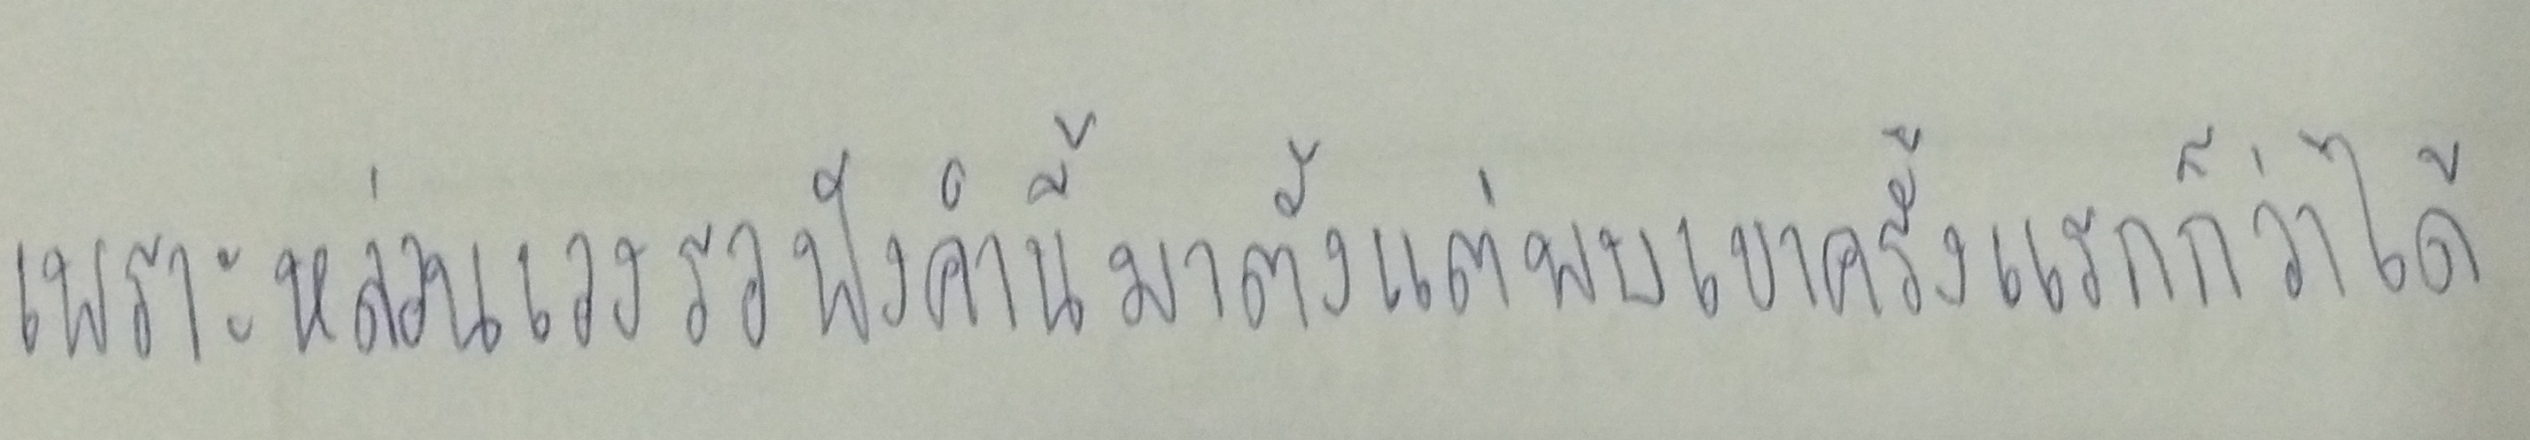
เพราะหล่อนเองรอฟังคำนี้มาตั้งแต่พบเขาครั้งแรกก็ว่าได้